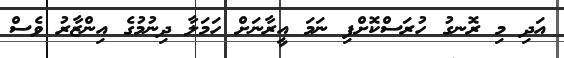
އަދި މި ރޮނގު ހުރަސްކޮށްފި ނަމަ އީރާނަށް ހަމަލާ ދިނުމުގެ އިންޒާރު ވެސް